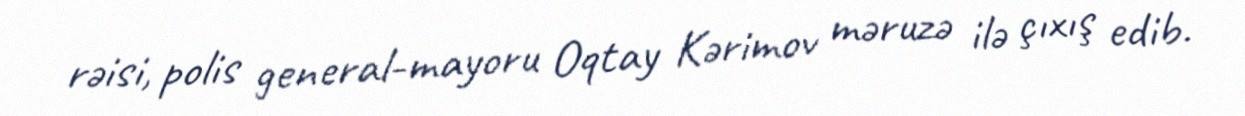
rəisi, polis general-mayoru Oqtay Kərimov məruzə ilə çıxış edib.